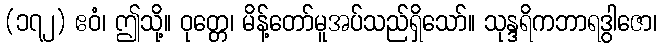
(၁၇၂) ဧဝံ၊ ဤသို့။ ဝုတ္တေ၊ မိန့်တော်မူအပ်သည်ရှိသော်။ သုန္ဒရိကဘာရဒွါဇော၊